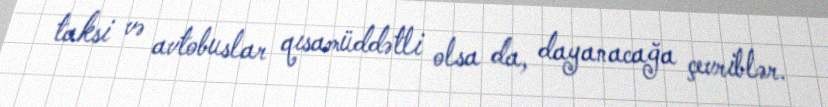
taksi və avtobuslar qısamüddətli olsa da, dayanacağa çevriblər.